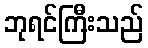
ဘုရင်ကြီးသည်